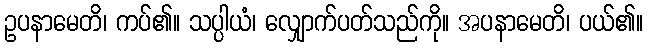
ဥပနာမေတိ၊ ကပ်၏။ သပ္ပါယံ၊ လျှောက်ပတ်သည်ကို။ အပနာမေတိ၊ ပယ်၏။